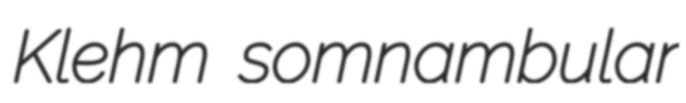
Klehm somnambular